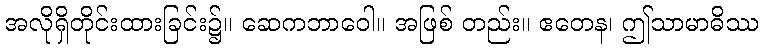
အလိုရှိတိုင်းထားခြင်း၌။ ဆေကဘာဝေါ။ အဖြစ် တည်း။ ဧတေန၊ ဤသာမာဓိဿ